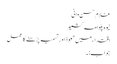
غلام حسن وانی
نیوہ پلوامہ کشمیر
اقتداء میں تعوذ اور تسمیہ پڑھنے کا عمل
جواب:۔